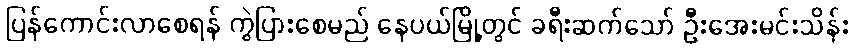
ပြန်ကောင်းလာစေရန် ကွဲပြားစေမည် နေပယ်မြို့တွင် ခရီးဆက်သော် ဦးအေးမင်းသိန်း